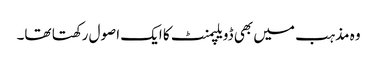
وہ مذہب میں بھی ڈویلپمنٹ کا ایک اصول رکھتا تھا۔